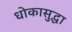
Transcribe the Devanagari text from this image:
धोकासुद्धा